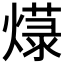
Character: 𱬓